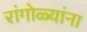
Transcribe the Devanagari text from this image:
रांगोळ्यांना